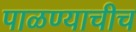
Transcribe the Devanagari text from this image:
पाळण्याचीच